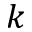
k